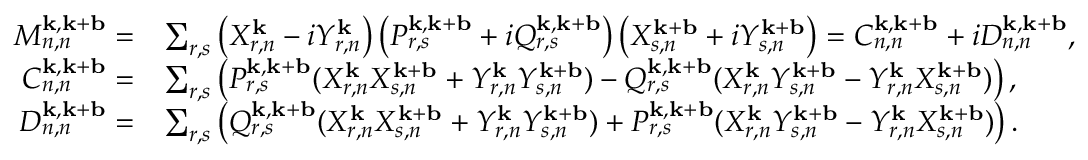
\begin{array} { r l } { M _ { n , n } ^ { \mathbf { k } , \mathbf { k } + \mathbf { b } } = } & { \sum _ { r , s } \left( X _ { r , n } ^ { \mathbf { k } } - i Y _ { r , n } ^ { \mathbf { k } } \right) \left( P _ { r , s } ^ { \mathbf { k } , \mathbf { k } + \mathbf { b } } + i Q _ { r , s } ^ { \mathbf { k } , \mathbf { k } + \mathbf { b } } \right) \left( X _ { s , n } ^ { \mathbf { k } + \mathbf { b } } + i Y _ { s , n } ^ { \mathbf { k } + \mathbf { b } } \right) = C _ { n , n } ^ { \mathbf { k } , \mathbf { k } + \mathbf { b } } + i D _ { n , n } ^ { \mathbf { k } , \mathbf { k } + \mathbf { b } } , } \\ { C _ { n , n } ^ { \mathbf { k } , \mathbf { k } + \mathbf { b } } = } & { \sum _ { r , s } \left( P _ { r , s } ^ { \mathbf { k } , \mathbf { k } + \mathbf { b } } ( X _ { r , n } ^ { \mathbf { k } } X _ { s , n } ^ { \mathbf { k } + \mathbf { b } } + Y _ { r , n } ^ { \mathbf { k } } Y _ { s , n } ^ { \mathbf { k } + \mathbf { b } } ) - Q _ { r , s } ^ { \mathbf { k } , \mathbf { k } + \mathbf { b } } ( X _ { r , n } ^ { \mathbf { k } } Y _ { s , n } ^ { \mathbf { k } + \mathbf { b } } - Y _ { r , n } ^ { \mathbf { k } } X _ { s , n } ^ { \mathbf { k } + \mathbf { b } } ) \right) , } \\ { D _ { n , n } ^ { \mathbf { k } , \mathbf { k } + \mathbf { b } } = } & { \sum _ { r , s } \left( Q _ { r , s } ^ { \mathbf { k } , \mathbf { k } + \mathbf { b } } ( X _ { r , n } ^ { \mathbf { k } } X _ { s , n } ^ { \mathbf { k } + \mathbf { b } } + Y _ { r , n } ^ { \mathbf { k } } Y _ { s , n } ^ { \mathbf { k } + \mathbf { b } } ) + P _ { r , s } ^ { \mathbf { k } , \mathbf { k } + \mathbf { b } } ( X _ { r , n } ^ { \mathbf { k } } Y _ { s , n } ^ { \mathbf { k } + \mathbf { b } } - Y _ { r , n } ^ { \mathbf { k } } X _ { s , n } ^ { \mathbf { k } + \mathbf { b } } ) \right) . } \end{array}